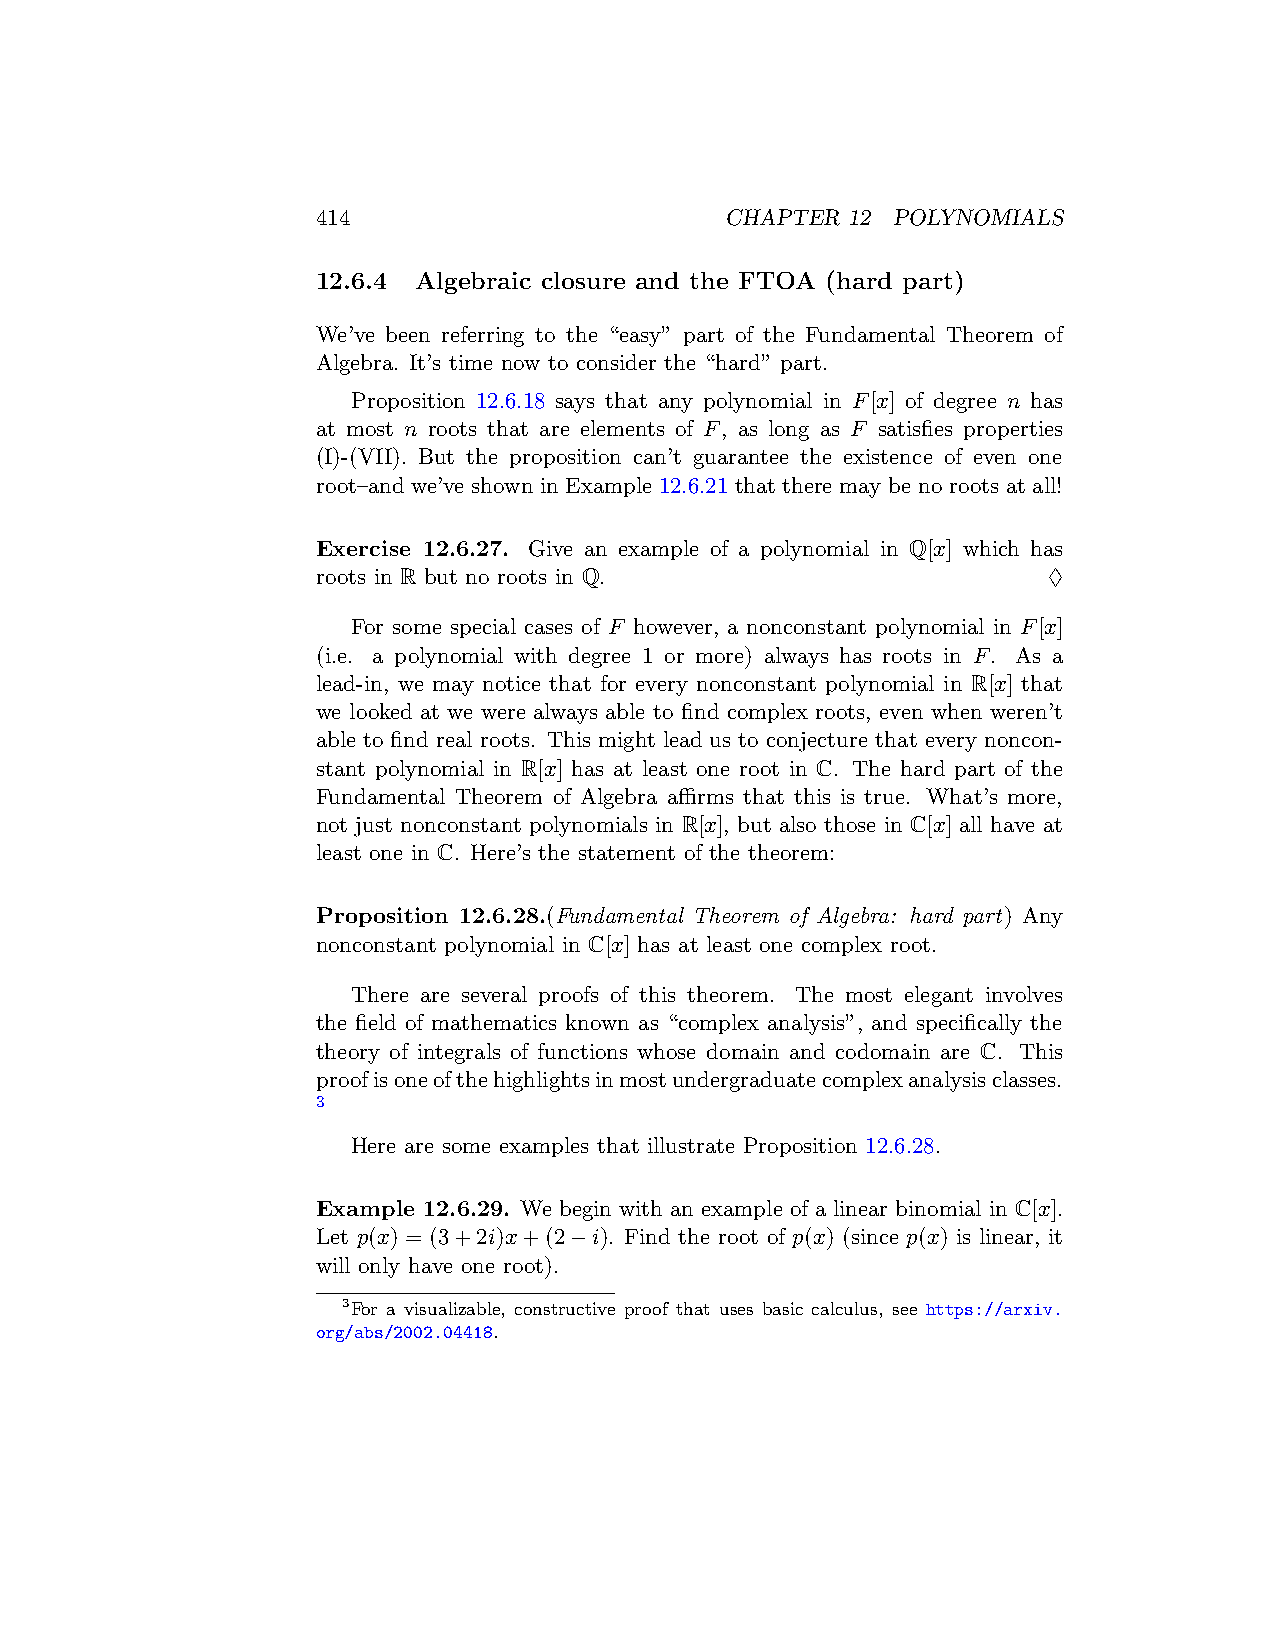
414                        CHAPTER 12 POLYNOMIALS
 12.6.4 Algebraic closure and the FTOA (hard part)
 We’ve been referring to the “easy” part of the Fundamental Theorem of
 Algebra. It’s time now to consider the “hard” part.
 Proposition 12.6.18 says that any polynomial in F[x] of degree n has
 at most n roots that are elements of F, as long as F satisfies properties
 (I)-(VII). But the proposition can’t guarantee the existence of even one
 root–and we’ve shown in Example 12.6.21 that there may be no roots at all!
 Exercise 12.6.27. Give an example of a polynomial in Q[x] which has
 roots in R but no roots in Q.                   ♢
 For some special cases of F however, a nonconstant polynomial in F[x]
 (i.e. a polynomial with degree 1 or more) always has roots in F. As a
 lead-in, we may notice that for every nonconstant polynomial in R[x] that
 we looked at we were always able to find complex roots, even when weren’t
 able to find real roots. This might lead us to conjecture that every noncon-
 stant polynomial in R[x] has at least one root in C. The hard part of the
 Fundamental Theorem of Algebra affirms that this is true. What’s more,
 not just nonconstant polynomials in R[x], but also those in C[x] all have at
 least one in C. Here’s the statement of the theorem:
 Proposition 12.6.28.(Fundamental Theorem of Algebra: hard part) Any
 nonconstant polynomial in C[x] has at least one complex root.
 There are several proofs of this theorem. The most elegant involves
 the field of mathematics known as “complex analysis”, and specifically the
 theory of integrals of functions whose domain and codomain are C. This
 proofisoneofthehighlightsinmostundergraduatecomplexanalysisclasses.
 3
 Here are some examples that illustrate Proposition 12.6.28.
 Example 12.6.29. We begin with an example of a linear binomial in C[x].
 Let p(x) = (3+2i)x+(2−i). Find the root of p(x) (since p(x) is linear, it
 will only have one root).
 3For a visualizable, constructive proof that uses basic calculus, see https://arxiv.
 org/abs/2002.04418.